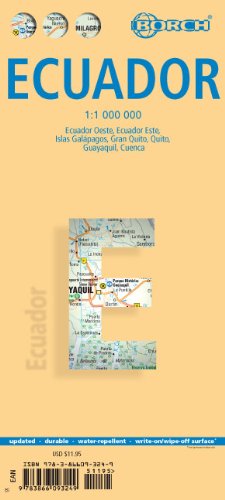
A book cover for Laminated Ecuador Map by Borch (English Edition); Borch; Travel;